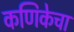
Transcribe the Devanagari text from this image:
कणिकेचा